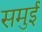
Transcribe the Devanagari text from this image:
समुई